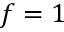
f = 1